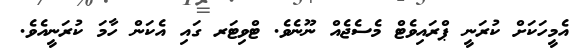
އެމީހަކަށް ކުރަނީ ޕްރައިވެޓް މެސެޖެއް ނޫނެވެ. ޓްވިޓަރ ގައި އެކަން ހާމަ ކުރަނީއެވެ.